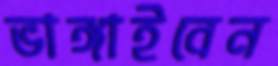
ভাঙ্গাইবেন